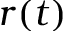
r ( t )